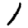
Digit: 1